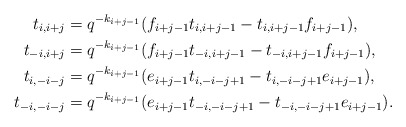
\begin{align*}\begin{aligned} t_{i,i+j} &= q^{-k_{i+j-1}}(f_{i+j-1}t_{i,i+j-1} - t_{i,i+j-1}f_{i+j-1}),\\t_{-i,i+j} &= q^{-k_{i+j-1}}(f_{i+j-1}t_{-i,i+j-1} - t_{-i,i+j-1}f_{i+j-1}), \\t_{i,-i-j} &= q^{-k_{i+j-1}}(e_{i+j-1}t_{i,-i-j+1}-t_{i,-i-j+1}e_{i+j-1}),\\t_{-i,-i-j} &= q^{-k_{i+j-1}}(e_{i+j-1}t_{-i,-i-j+1}-t_{-i,-i-j+1}e_{i+j-1}).\end{aligned}\end{align*}